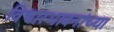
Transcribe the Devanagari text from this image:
विचारभावनांच्या